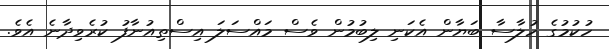
ހުކުމުގެ ހުލާސާ ބަޔާން އެކަނި ލިބުމުން ވެސް މައްސަލަ އިސްތިއުނާފު ކުރެވިދާނެ އެވެ.